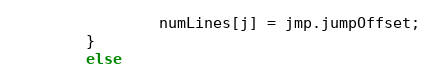
Language: C++
                numLines[j] = jmp.jumpOffset;
        }
        else